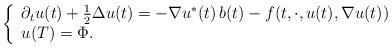
LaTeX: \begin{align*}\left\{\begin{array}{l}\partial_t u(t) +\frac12 \Delta u(t) =- \nabla u^*(t) \, b(t)- f(t,\cdot,u(t), \nabla u(t))\\ u(T) = \Phi.\end{array}\right. \end{align*}